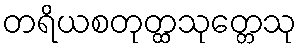
တရိယစတုတ္ထသုတ္တေသု